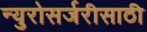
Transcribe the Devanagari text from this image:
न्युरोसर्जरीसाठी